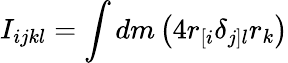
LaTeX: I_{ijkl}=\int dm\left(4r_{[i}\delta_{j]l}r_{k}\right)